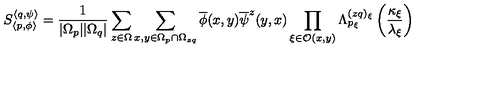
S _ { \left\langle p , \phi \right\rangle } ^ { \left\langle q , \psi \right\rangle } = \frac { 1 } { | \Omega _ { p } | | \Omega _ { q } | } \sum _ { z \in \Omega } \sum _ { x , y \in \Omega _ { p } \cap \Omega _ { z q } } \overline { { \phi } } ( x , y ) \overline { { \psi } } ^ { z } ( y , x ) \prod _ { \xi \in \mathcal { O } ( x , y ) } \Lambda _ { p _ { \xi } } ^ { ( z q ) _ { \xi } } \left( \frac { \kappa _ { \xi } } { \lambda _ { \xi } } \right)